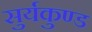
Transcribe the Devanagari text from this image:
सुर्यकुण्ड